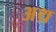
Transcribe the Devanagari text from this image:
अथ्र